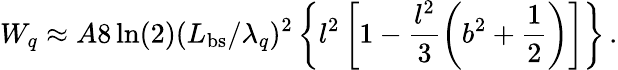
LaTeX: W_{q}\approx A8\ln(2)(L_{\mathrm{bs}}/\lambda_{q})^{2}\left\{ l^{2}\left[1-\frac{l^{2}}{3}\left(b^{2}+\frac{1}{2}\right)\right]\right\} \, .